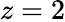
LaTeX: z=2